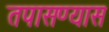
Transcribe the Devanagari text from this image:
तपासण्यास